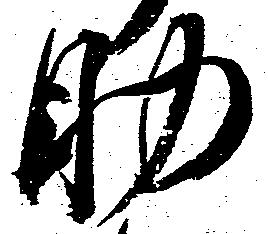
助